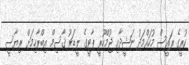
ކުރީގެ ރައީސް މުހައްމަދު ނަޝީދާއި ޖުމްހޫރީ ޕާޓީގެ ލީޑަރު ޤާސިމް އިބްރާހިމަށް ރިޔާސީ